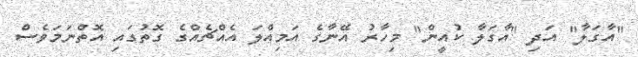
"އާގަލާ" އަދި "އާގަލާ ކުއީން" މިހާރު އޭނާގެ އަމިއްލަ އެއްޗެއްގެ ގޮތުގައި އޮތްނަމަވެސް